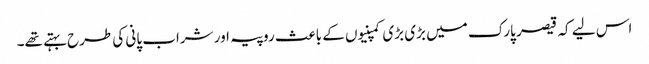
اس لیے کہ قیصر پارک میں بڑی بڑی کمپنیوں کے باعث روپیہ اور شراب پانی کی طرح بہتے تھے۔